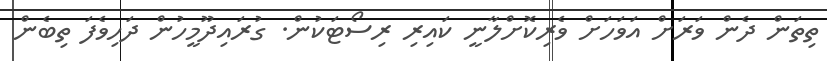
ތިތަން ދެން ވަރަށް އަވަހަށް ވެރިކޮށްލާނީ ކައިރި ރިސޯޓަކުން. ގުރައިދޫމީހުން ދަހިވެފަ ތިބެން